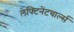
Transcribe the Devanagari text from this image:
लेफ्टिनेंटचार्ल्स